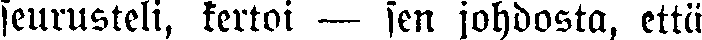
seurusteli, kertoi — sen johdosta, että